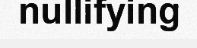
nullifying